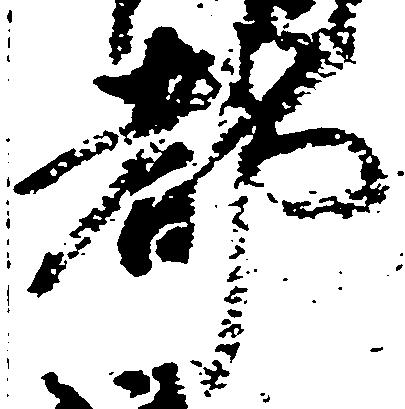
都